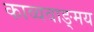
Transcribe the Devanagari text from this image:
काव्यवाङ्‌मय